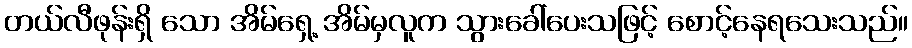
တယ်လီဖုန်းရှိ သော အိမ်ရှေ့ အိမ်မှလူက သွားခေါ်ပေးသဖြင့် စောင့်နေရသေးသည်။